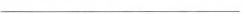
\underline